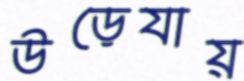
উড়েযায়